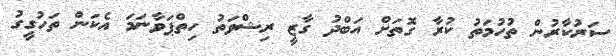
ސަރުކާރުން ތުހުމަތު ކުރާ ގޮތަށް އަބްދު ގާޒީ ރިޝްވަތު ހިތްޕަވާނަމަ އެކަން ތަހުގީގު